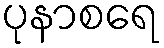
ပုနာစရေ